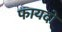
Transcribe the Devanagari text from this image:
फायदो